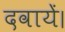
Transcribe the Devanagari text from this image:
दवायें।